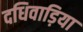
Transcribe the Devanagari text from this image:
दधिवाड़िया